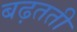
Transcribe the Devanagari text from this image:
बढ़तती